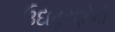
ઉદાહરણોનો